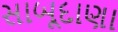
સાબૂદાણા